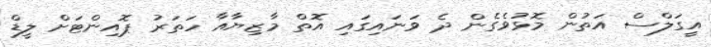
އީގަލްސް އަތުން މޮޅުވެގެން ދެ ވަނައިގައި އޮތް މާޒިޔާއާ ހަތަރު ޕޮއިންޓަށް ލީޑް